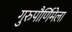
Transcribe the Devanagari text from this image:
गुरुपौर्णिमेला